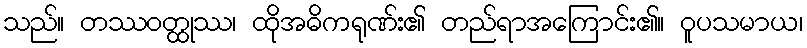
သည်။ တဿဝတ္ထုဿ၊ ထိုအဓိကရုဏ်း၏ တည်ရာအကြောင်း၏။ ဝူပသမာယ၊